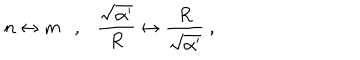
LaTeX: n \leftrightarrow m \ \ \ , \ \ \ \frac { \sqrt { \alpha ^ { \prime } } } { R } \leftrightarrow \frac { R } { \sqrt { \alpha ^ { \prime } } } \ ,